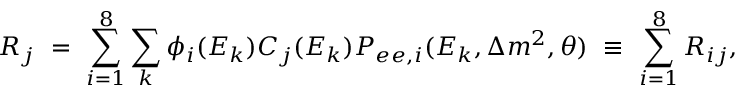
R _ { j } ~ = ~ \sum _ { i = 1 } ^ { 8 } \sum _ { k } \phi _ { i } ( E _ { k } ) C _ { j } ( E _ { k } ) P _ { e e , i } ( E _ { k } , \Delta m ^ { 2 } , \theta ) ~ \equiv ~ \sum _ { i = 1 } ^ { 8 } R _ { i j } ,